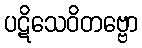
ပဋိသေဝိတဗ္ဗော